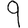
Digit: 9